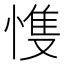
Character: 愯